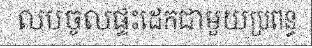
លបចូលផ្ទះដេកជាមួយប្រពន្ធ